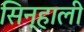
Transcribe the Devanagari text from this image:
सिन्हाली